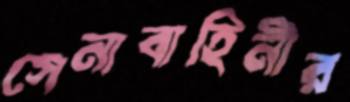
সেনাবাহিনীর